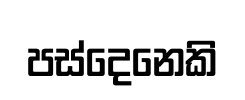
පස්දෙනෙකි